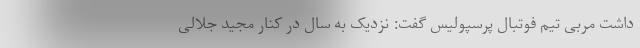
داشت مربی تیم فوتبال پرسپولیس گفت: نزدیک به سال در کنار مجید جلالی